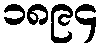
၁၈၉၄